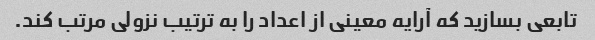
تابعی بسازید که آرایه معینی از اعداد را به ترتیب نزولی مرتب کند.